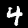
Digit: 4